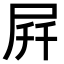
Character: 𫵚